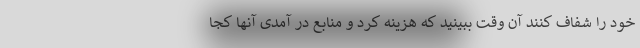
خود را شفاف کنند آن وقت ببینید که هزینه کرد و منابع در آمدی آنها کجا